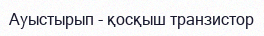
Ауыстырып - қосқыш транзистор